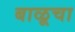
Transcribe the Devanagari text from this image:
बाळूचा